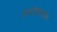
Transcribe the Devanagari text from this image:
सादरीकरणास